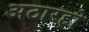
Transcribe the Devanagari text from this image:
अठारहो